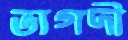
ভাগদী